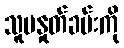
သူမနှုတ်ခမ်းကို